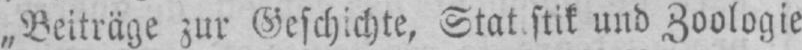
und Zoologie